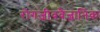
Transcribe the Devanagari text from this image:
रोगजीववैज्ञानिक